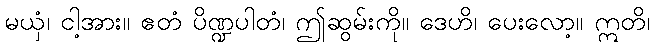
မယှံ၊ ငါ့အား။ ဧတံ ပိဏ္ဍပါတံ၊ ဤဆွမ်းကို။ ဒေဟိ၊ ပေးလော့။ ဣတိ၊